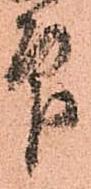
印